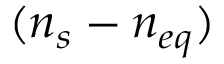
( n _ { s } - n _ { e q } )